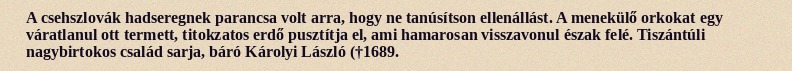
A csehszlovák hadseregnek parancsa volt arra, hogy ne tanúsítson ellenállást. A menekülő orkokat egy váratlanul ott termett, titokzatos erdő pusztítja el, ami hamarosan visszavonul észak felé. Tiszántúli nagybirtokos család sarja, báró Károlyi László (†1689.